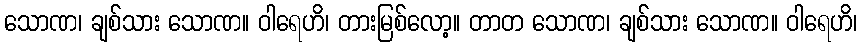
သောဏ၊ ချစ်သား သောဏ။ ဝါရေဟိ၊ တားမြစ်လော့။ တာတ သောဏ၊ ချစ်သား သောဏ။ ဝါရေဟိ၊